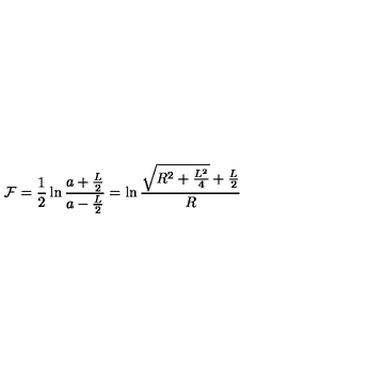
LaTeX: { \cal F } = \frac { 1 } { 2 } \ln \frac { a + \frac { L } { 2 } } { a - \frac { L } { 2 } } = \ln \frac { \sqrt { R ^ { 2 } + \frac { L ^ { 2 } } { 4 } } + \frac { L } { 2 } } { R }